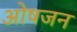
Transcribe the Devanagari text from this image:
ओषजन